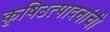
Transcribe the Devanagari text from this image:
कृषिउत्पादनांची